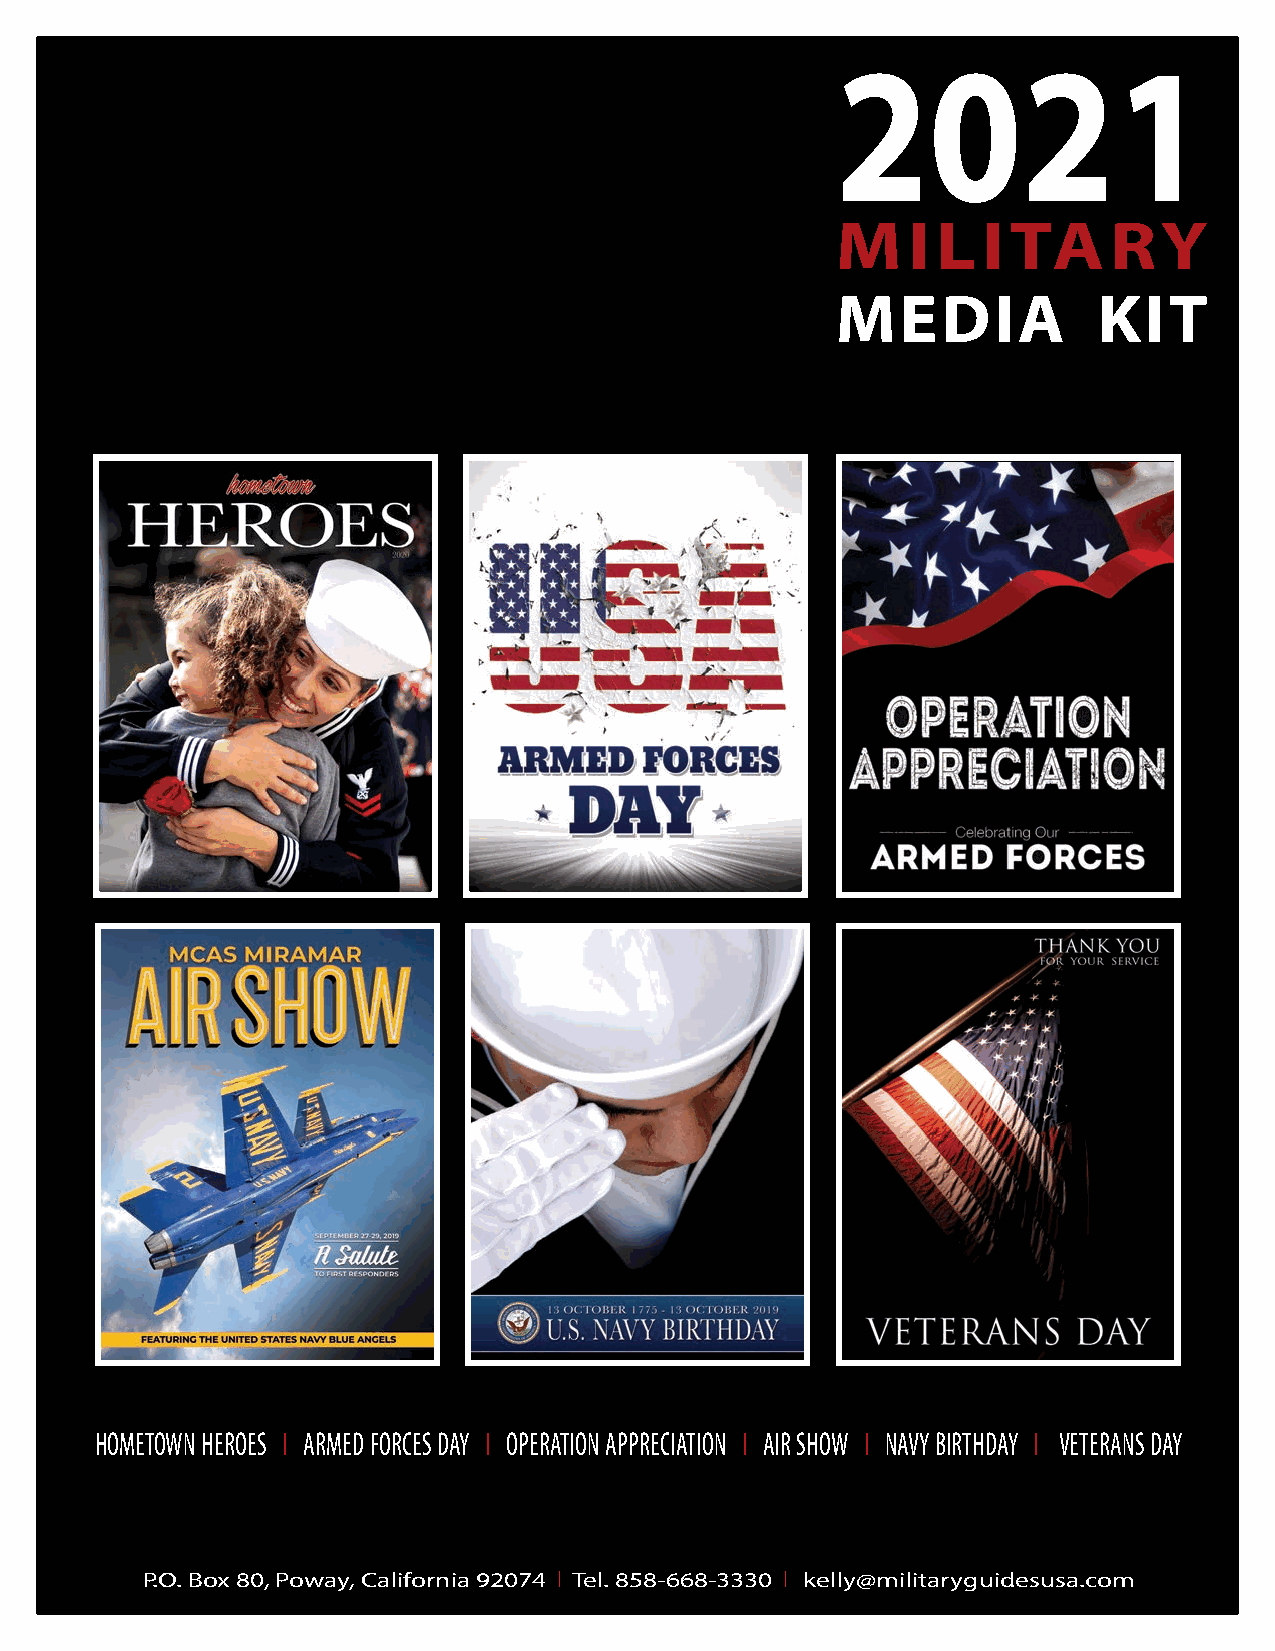
2021
 MILITARY
 MEDIA             KIT
 HOMETOWN HEROES I ARMED FORCES DAY I OPERATION APPRECIATION I AIR SHOW I NAVY BIRTHDAY I VETERANS DAY
 P.O. Box 80, Poway, California 92074 I Tel. 858-668-3330 I kelly@militaryguidesusa.com